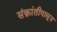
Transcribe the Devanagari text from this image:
संक्रांतीपासून